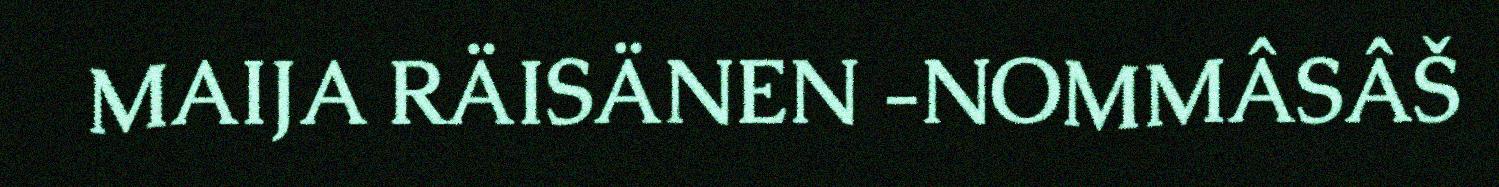
MAIJA RÄISÄNEN ‑NOMMÂSÂŠ